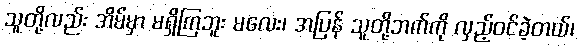
သူတို့လည်း အိမ်မှာ မရှိကြဘူး မလေး၊ အပြန် သူတို့ဘက်ကို လှည့်ဝင်ခဲ့တယ်၊